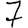
Digit: 7